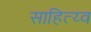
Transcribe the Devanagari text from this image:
साहित्य्व